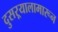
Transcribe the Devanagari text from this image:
दुसऱ्यालामारून